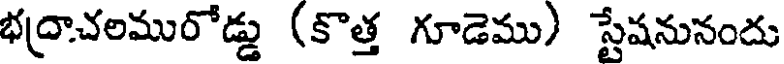
భద్రాచలమురోడ్డు (కొత్త గూడెము) స్టేషనునందు